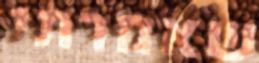
שאמרתי